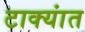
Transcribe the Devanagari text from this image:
टाक्यांत